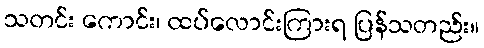
သတင်း ကောင်း၊ ထပ်လောင်းကြားရ ပြန်သတည်း။